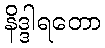
နိဒ္ဒါရတော